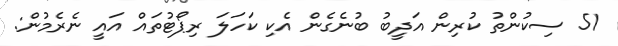
51 ސިކުންތު ކުރިން އަދީބު ބުނެގެން އެކި ކަހަލަ ރިޕޯޓުތައް އައީ ނެރެމުން: